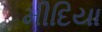
મીદિયા